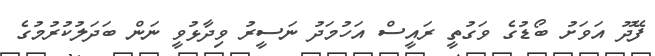
ފޭދޫ އަވަށު ބޯޑުގެ ވަގުތީ ރައީސް އަހުމަދު ނަސީރު ވިދާޅުވީ ނަން ބަދަލުކުރުމުގެ